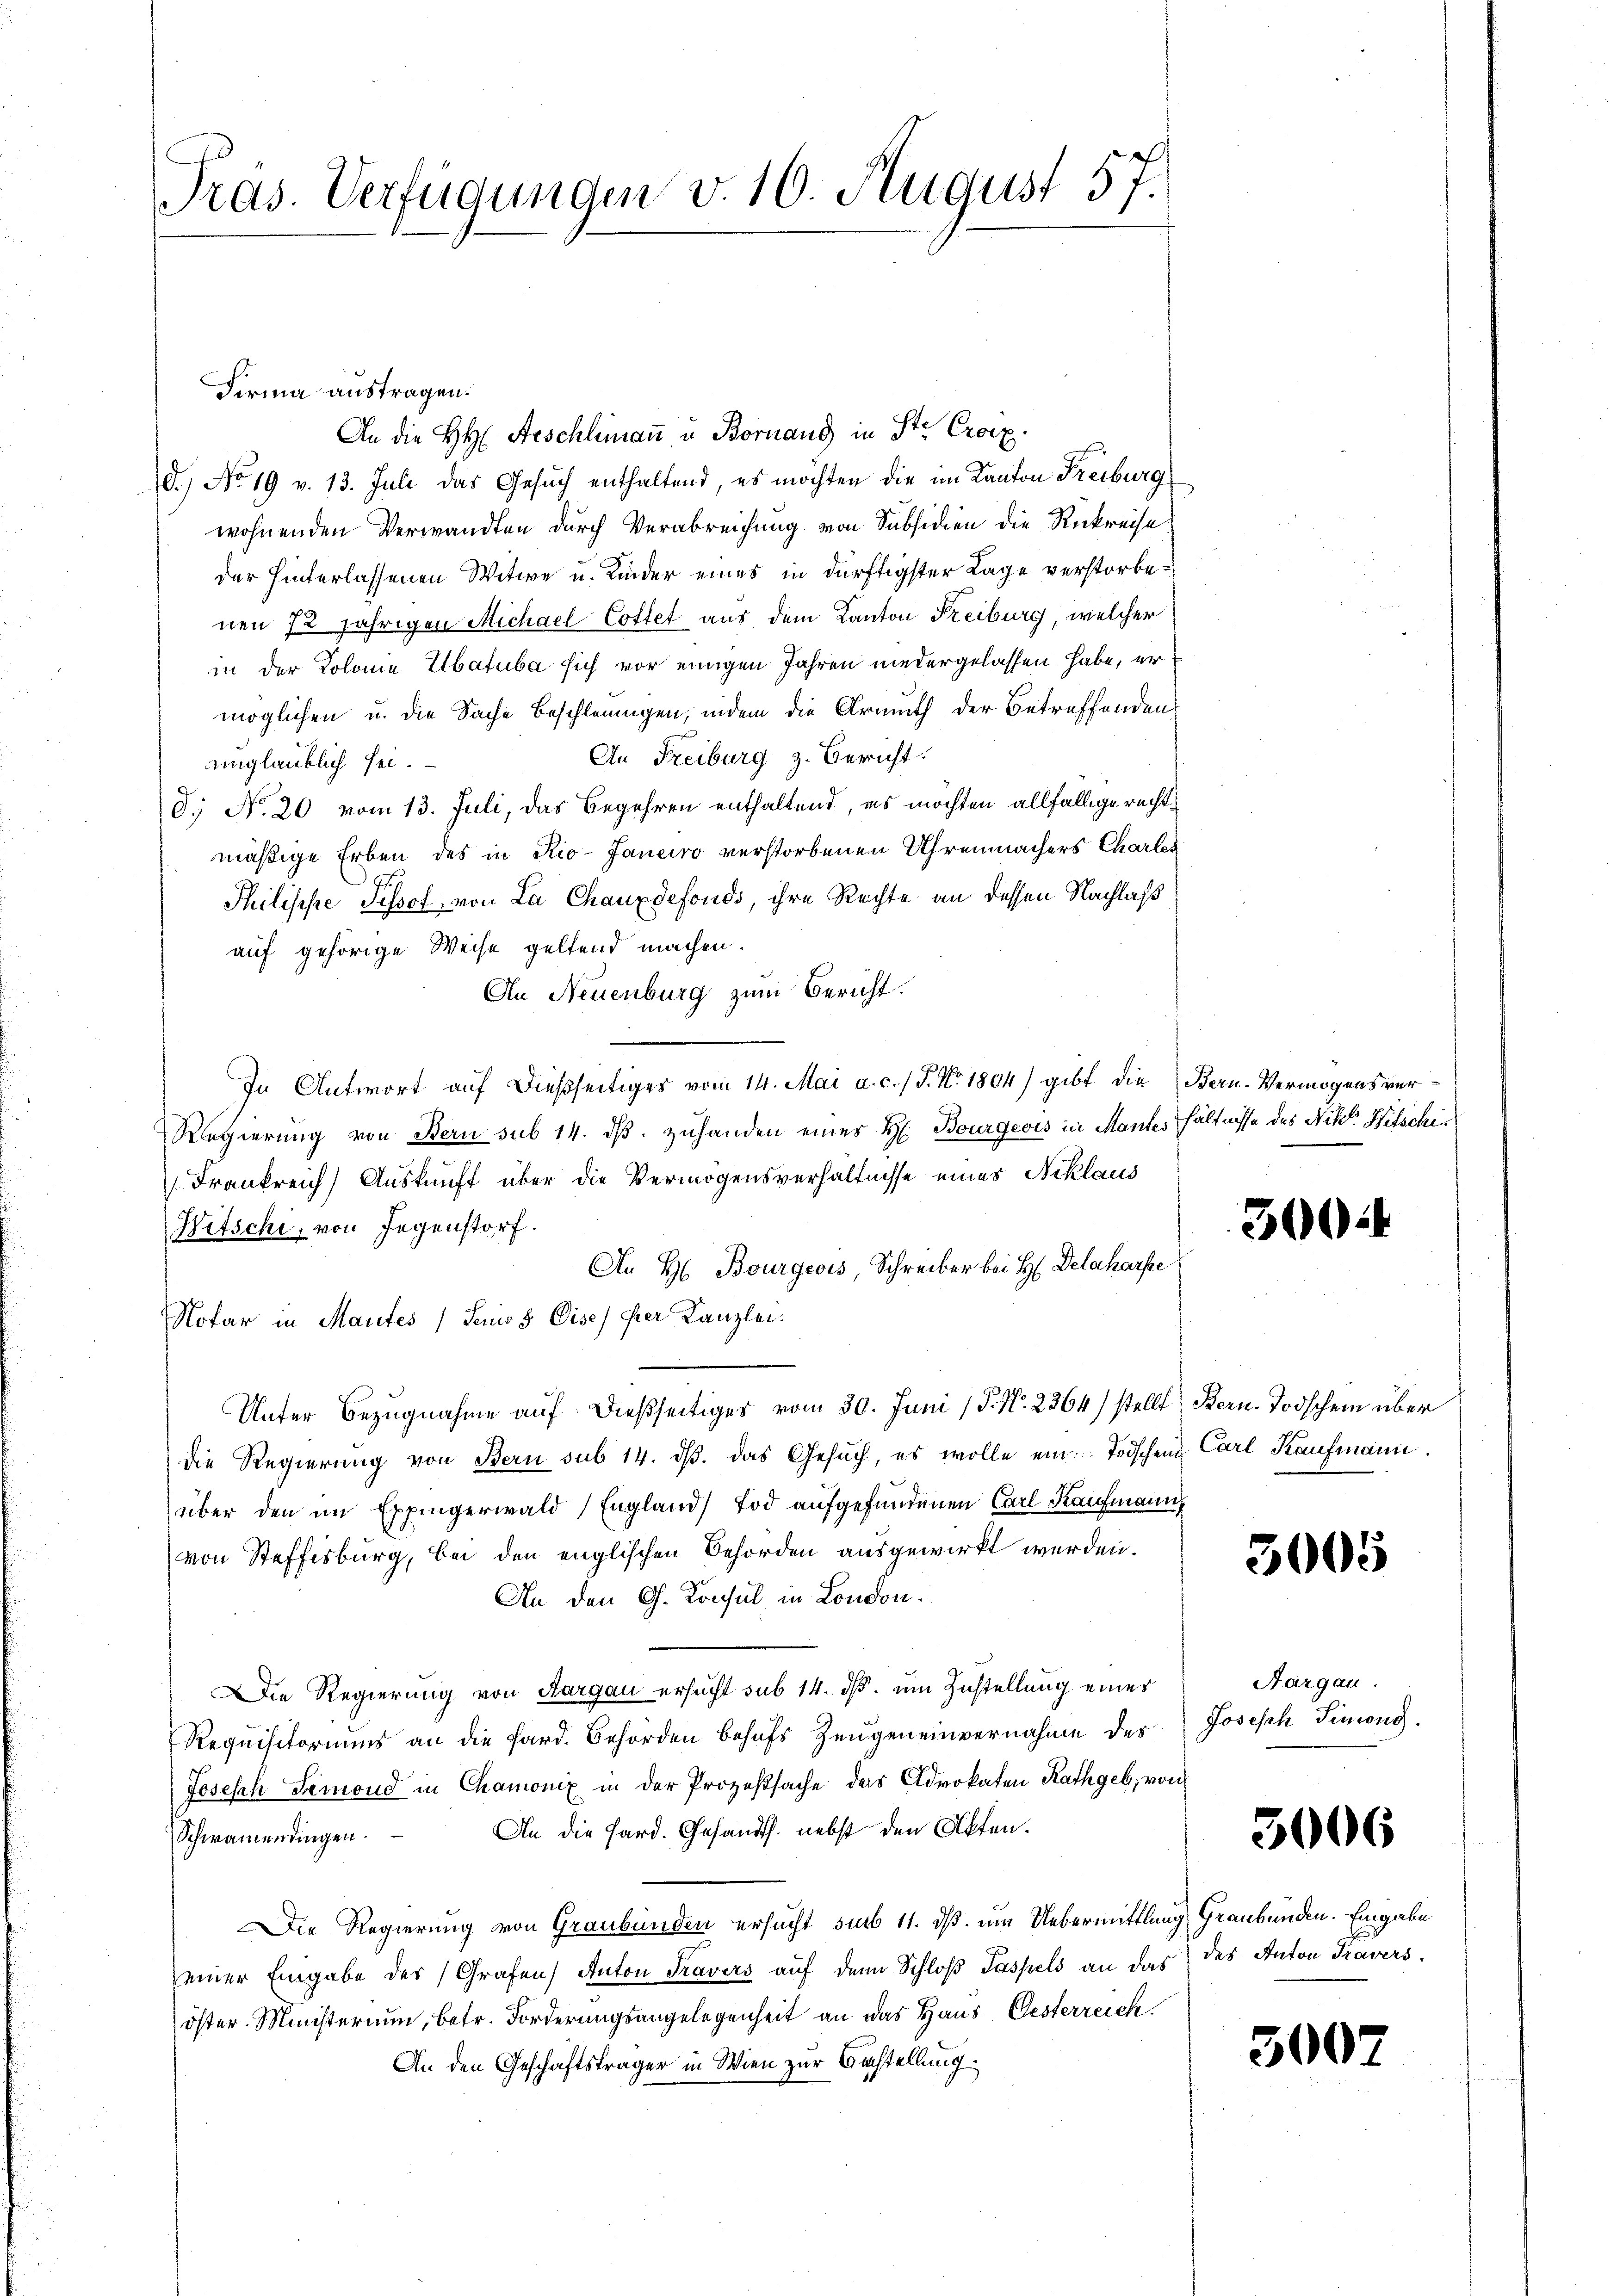
Tras. Verfügungen v. 10. August 57.

An die HH Aeschlimaṅ u. Bornang in St. Croix.
D. No 19 v. 13. Juli das Gesuch enthaltend, es möchten die im Kanton Freiburg
wohnenden Verwandten durch Verabreichung von Subsidien die Rückreise
der hinterlassenen Witwe u. Kinder eines in dürftigster Lage verstorbenen 72 jährigen Michael Cottet aus dem Kanton Freiburg, welcher
in der Kolome Elbatuba sich vor einigen Jahren niedergelassen habe, er
möglichen u. die Sache Beschleunigen, indem die Armuth der Betreffenden
An Freiburg z. Bericht.
unglaublich sei.
d; No. 20 vom 13. Juli, das Begehren enthaltend, es möchten allfällige rechtmäßige Erben des in Rio-Janeiro verstorbenen Uhrenmachers Charles
Philische Pissot, von La Chauxdefonds, ihre Rechte an dessen Nachlaß
auf gehörige Weise geltend machen.
An Neuenburg zum Bericht.
In Antwort auf dießseitiges vom 14. Mai a. c. / P. Nr. 1804) gibt die Bern. Vermögensver¬
Regierung von Bern sub 14. dβ zuhanden eines H. Bourgeois in Mantes hältnisse des Nitt. Hitschis
Frankreich Auskunft über die Vermögensverhältnisse eines Niklaus
Witschi, von Gegenstorf.
An H Bourgeois, Schreiber bei H. Delaharfe
Notar in Maufes (Senio 5 Cise) der Kanzlei.
Unter Bezugnahme auf dießseitiges vom 30. Juni / P. Nr. 2364) stellt Bern. Todschein über
die Regierung von Bern sub 14. dβ. das Gesŭch, es wolle ein Todschen Carl Kaufmann
über den im Expingerwald, England) Tod aufgefundenen Carl Kaufmann
von Steffisburg, bei den englischen Behörden ausgewirkt werden.
An den G. Konsul in London.
Die Regierung von Aargau ersucht sub 14. ds. um Zustellung einer
Requisitoriums an die Pard. Behörden behufs Zeugeneinvernahme des
Joseph Semond in Chamonix in der Prozeßsache des Advokaten Rathgeb, von
An die Sard. Gesandth. nebst den Akten.
Schwamendingen.
Die Regierung von Graubünden ersucht, sub 11. ds. um Uebermittlung Graubünden. Eingabe
einer Eingabe des Grafen) Anton Travers auf den Schloß Taspels an das des Anton Travers
öster Ministerium, betr. Forderungsangelegenheit an das Haus Oesterreich
An den Geschäftsträger in Wien zur Bestellung.

Firma austragen.

300

3005

Aargau.
Joseph Simong.

3006

300